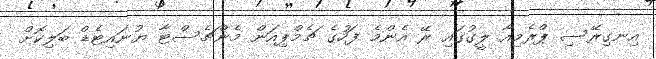
އިނގިރޭސި ޕްރެމިއާ ލީގުގައި ރޭ އެންމެ ފަހުގެ ޗެމްޕިއަން މެންޗެސްޓާ ޔުނައިޓެޑް ބަލިކޮށް